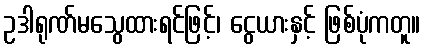
ဥဒါရုဏ်မသွေထားရင်ဖြင့်၊ ငွေယားနှင့် ဖြစ်ပုံကတူ။